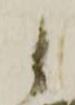
御